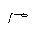
Letter: _mim